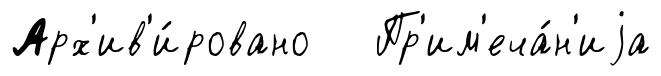
Арх'ив'и́ровано Пр'им'еча́н'иjа